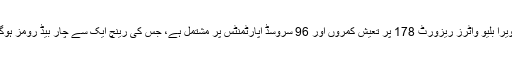
ریویرا بلیو واٹرز ریزورٹ 178 پر تعیش کمروں اور 96 سروسڈ اپارٹمنٹس پر مشتمل ہے، جس کی رینچ ایک سے چار بیڈ رومز ہوگی۔